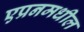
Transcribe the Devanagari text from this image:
एप्रनमधील